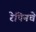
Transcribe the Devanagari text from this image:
रेपिनचे